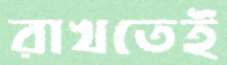
রাখতেই